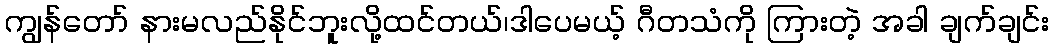
ကျွန်တော် နားမလည်နိုင်ဘူးလို့ထင်တယ်၊ဒါပေမယ့် ဂီတသံကို ကြားတဲ့ အခါ ချက်ချင်း